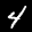
Label: 4